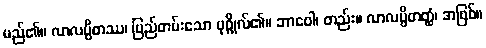
မည်၏။ လာလပ္ပိတဿ၊ မြည်တမ်းသော ပုဂ္ဂိုလ်၏။ ဘာဝေါ၊ တည်း။ လာလပ္ပိတတ္ထံ၊ အဖြစ်။